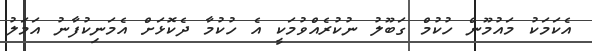
އެކަމަކު މައުމޫން ހުކުމް ގަބޫލު ނުކުރެއްވުމަކީ އެ ހުކުމާ ދެކޮޅަށް އެމަނިކުފާނު އަމަލު